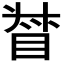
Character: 𥆳